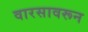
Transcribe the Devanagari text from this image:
वारसावरून